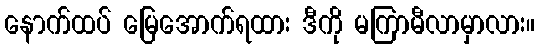
နောက်ထပ် မြေအောက်ရထား ဒီကို မကြာမီလာမှာလား။